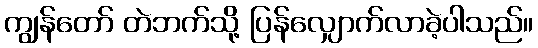
ကျွန်တော် တဲဘက်သို့ ပြန်လျှောက်လာခဲ့ပါသည်။